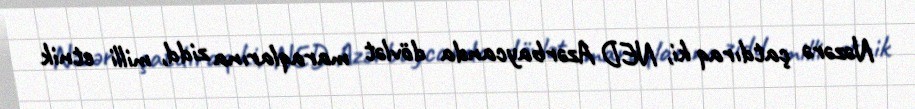
Nəzərə çatdıraq ki, NED Azərbaycanda dövlət maraqlarına zidd, milli etnik